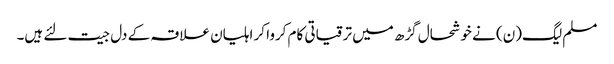
مسلم لیگ(ن) نے خوشحال گڑھ میں ترقیاتی کام کروا کر اہلیان علاقہ کے دل جیت لئے ہیں۔